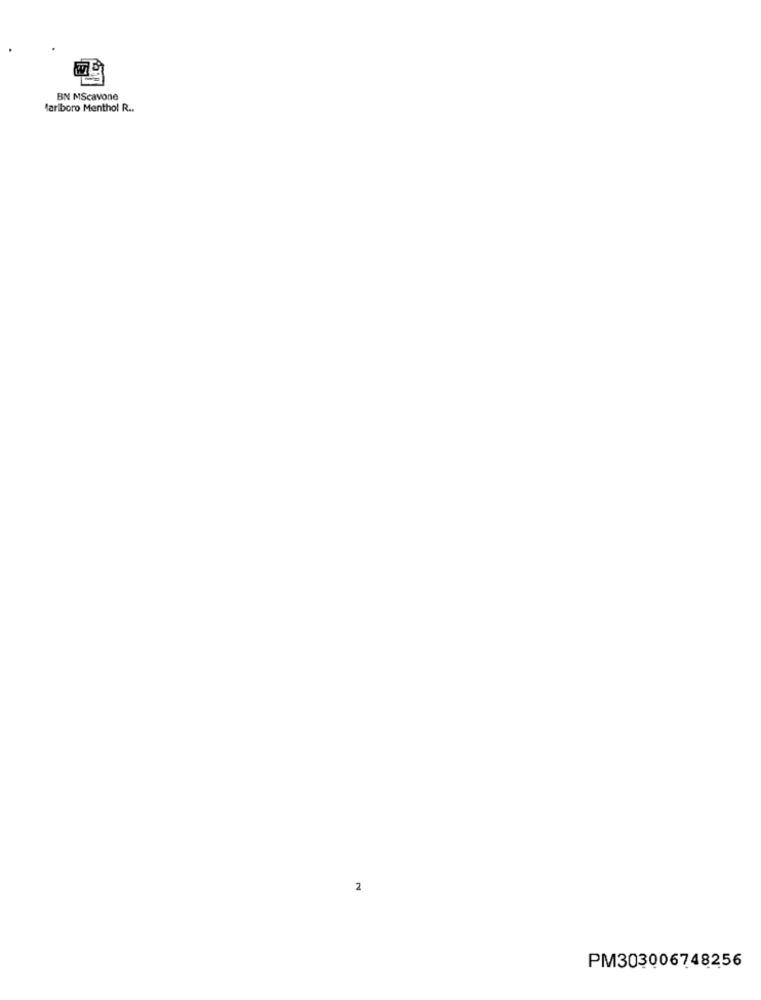
BN MScavone
Marlboro Menthol R ..
2
PM303006748256